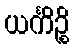
ယင်္ကိဉ္စိ